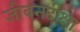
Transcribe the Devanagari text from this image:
जीवनदीक्षा